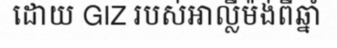
ដោយ GIZ របស់អាល្លឺម៉ង់ពីឆ្នាំ